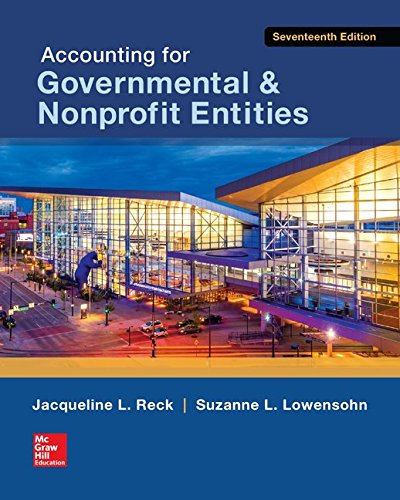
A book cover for Accounting for Governmental & Nonprofit Entities; Jacqueline Reck; Business & Money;